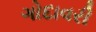
ગોદાવરી